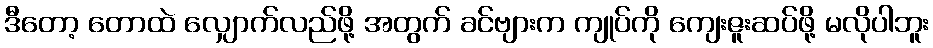
ဒီတော့ တောထဲ လျှောက်လည်ဖို့ အတွက် ခင်ဗျားက ကျုပ်ကို ကျေးဇူးဆပ်ဖို့ မလိုပါဘူး